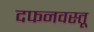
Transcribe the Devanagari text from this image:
दफनवस्तू